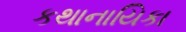
કથાનાયિકા